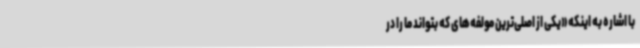
با اشاره به اینکه «یکی از اصلی‌ترین مولفه‌های که بتواند ما را در